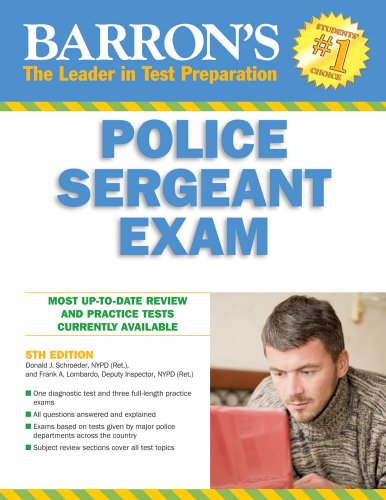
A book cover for Barron's Police Sergeant Examination (Barron's How to Prepare for the Police Sergeant Examination); Donald J. Schroeder NYPD Ret.; Test Preparation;